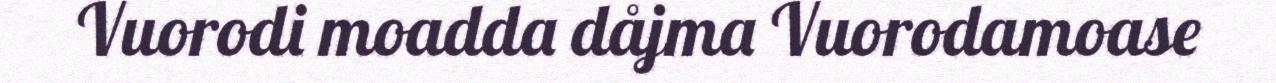
Vuorodi moadda dåjma Vuorodamoase